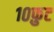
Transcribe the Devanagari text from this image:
१०फ़ुट